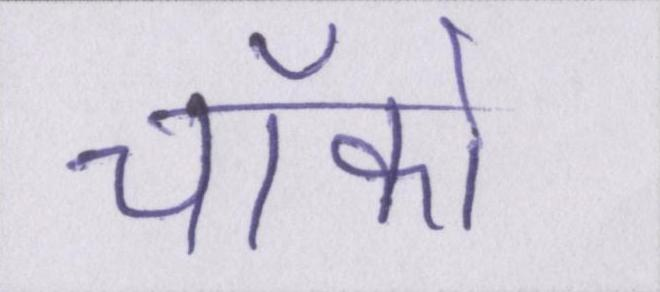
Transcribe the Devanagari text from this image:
चॉको